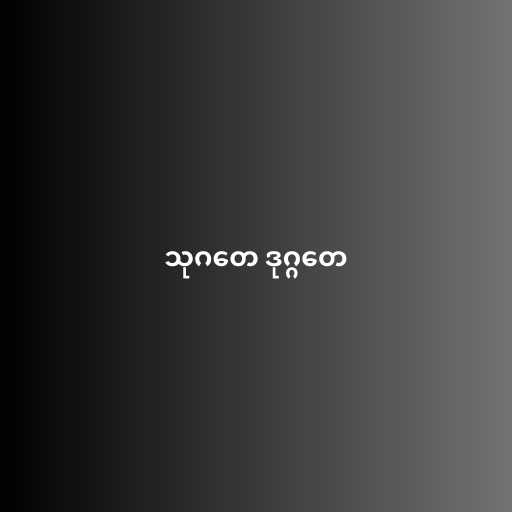
သုဂတေ ဒုဂ္ဂတေ